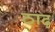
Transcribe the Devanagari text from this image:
ठाढ़